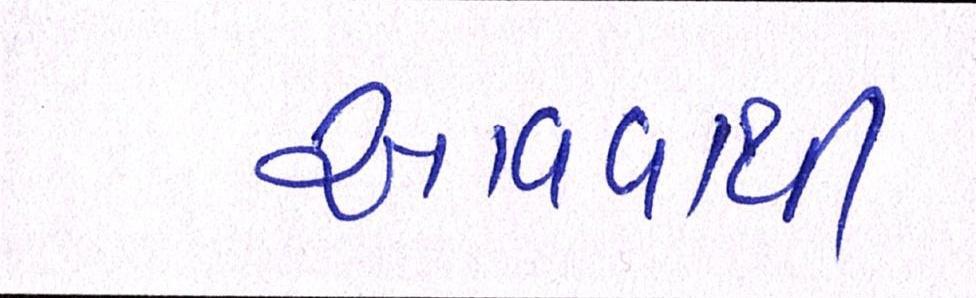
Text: આવવાથી